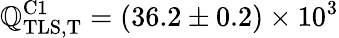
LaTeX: \mathbb{Q}_{\mathrm{{TLS,T}}}^{\mathrm{{C1}}}=(36.2\pm0.2)\times10^{3}